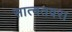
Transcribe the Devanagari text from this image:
सात्वतवरा